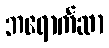
ဘရောက်ဆာ